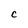
Character: c